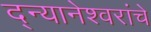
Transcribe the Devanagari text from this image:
द्न्यानेश्वरांचे